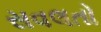
સવલતો